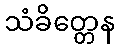
သံခိတ္တေန